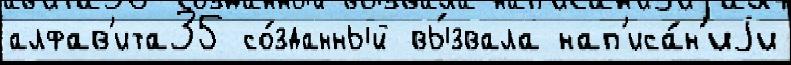
алфав'ита35 со́зданный вы́звала нап'иса́н'иjи